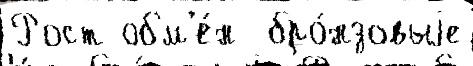
Рост обм'е́н  бро́нзовыjе